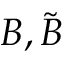
B , \tilde { B }